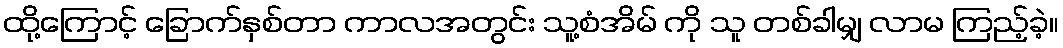
ထို့ကြောင့် ခြောက်နှစ်တာ ကာလအတွင်း သူ့စံအိမ် ကို သူ တစ်ခါမျှ လာမ ကြည့်ခဲ့။